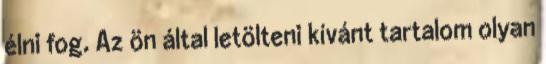
élni fog. Az ön által letölteni kívánt tartalom olyan